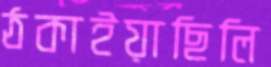
ঠকাইয়াছিলি